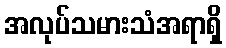
အလုပ်သမားသံအရာရှိ